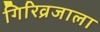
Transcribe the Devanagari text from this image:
गिरिव्रजाला